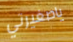
ياصغيرتي